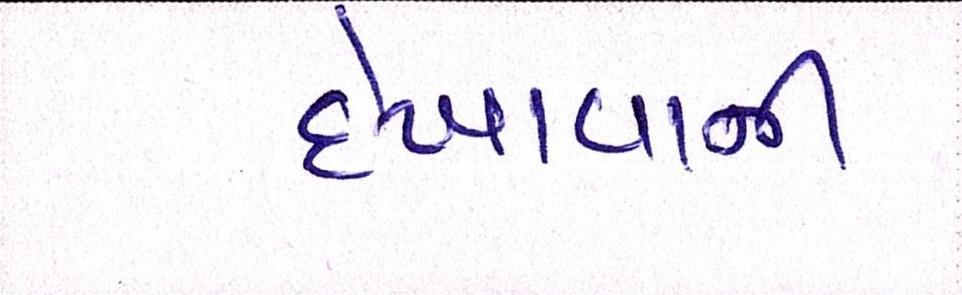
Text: દેખાવાની